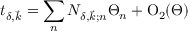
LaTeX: t _ { \delta , \vec { k } } = \sum _ { n } { \cal N } _ { \delta , \vec { k } ; n } \Theta _ { n } + { \mathrm { O } } _ { 2 } ( \Theta )